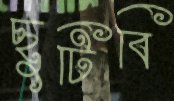
ছুটিবি